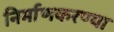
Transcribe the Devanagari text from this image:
निर्माणकरण्या